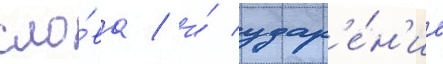
сло́ва / и́ удар'е́н'ие